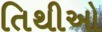
તિથીઓ